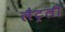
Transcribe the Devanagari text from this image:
लैट्रली